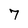
Character: 7